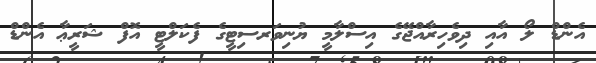
އެންޑް ލޯ އާއި ދިވެހިރާއްޖޭގެ އިސްލާމީ ޔުނިވަރސިޓީގެ ފެކަލްޓީ އޮފް ޝަރީޢާ އެންޑް